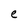
Character: N